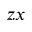
z x